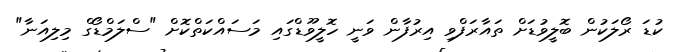
ކުޑަ ރޯލަކުން ބޮލީވުޑަށް ތައާރަފްވި އިރުފާން ވަނީ ހޮލީވޫޑްގައި މަސައްކަތްކޮށް "ސްލަމްޑޯގް މިލިއަނާ"